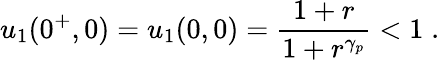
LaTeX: u_{1}(0^{+},0)=u_{1}(0,0)=\frac{1+r}{1+r^{\gamma_{p}}}<1\; .